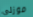
موزلي